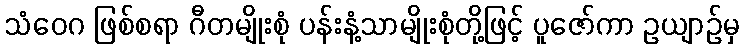
သံဝေဂ ဖြစ်စရာ ဂီတမျိုးစုံ ပန်းနံ့သာမျိုးစုံတို့ဖြင့် ပူဇော်ကာ ဥယျာဉ်မှ